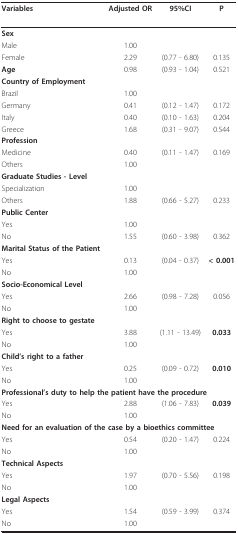
<table><thead><tr><td><b>Variables</b></td><td><b>Adjusted OR</b></td><td><b>95%CI</b></td><td><b>P</b></td></tr></thead><tbody><tr><td><b>Sex</b></td><td></td><td></td><td></td></tr><tr><td>Male</td><td>1.00</td><td></td><td></td></tr><tr><td>Female</td><td>2.29</td><td>(0.77 - 6.80)</td><td>0.135</td></tr><tr><td><b>Age</b></td><td>0.98</td><td>(0.93 - 1.04)</td><td>0.521</td></tr><tr><td><b>Country of Employment</b></td><td></td><td></td><td></td></tr><tr><td>Brazil</td><td>1.00</td><td></td><td></td></tr><tr><td>Germany</td><td>0.41</td><td>(0.12 - 1.47)</td><td>0.172</td></tr><tr><td>Italy</td><td>0.40</td><td>(0.10 - 1.63)</td><td>0.204</td></tr><tr><td>Greece</td><td>1.68</td><td>(0.31 - 9.07)</td><td>0.544</td></tr><tr><td><b>Profession</b></td><td></td><td></td><td></td></tr><tr><td>Medicine</td><td>0.40</td><td>(0.11 - 1.47)</td><td>0.169</td></tr><tr><td>Others</td><td>1.00</td><td></td><td></td></tr><tr><td><b>Graduate Studies - Level</b></td><td></td><td></td><td></td></tr><tr><td>Specialization</td><td>1.00</td><td></td><td></td></tr><tr><td>Others</td><td>1.88</td><td>(0.66 - 5.27)</td><td>0.233</td></tr><tr><td><b>Public Center</b></td><td></td><td></td><td></td></tr><tr><td>Yes</td><td>1.00</td><td></td><td></td></tr><tr><td>No</td><td>1.55</td><td>(0.60 - 3.98)</td><td>0.362</td></tr><tr><td><b>Marital Status of the Patient</b></td><td></td><td></td><td></td></tr><tr><td>Yes</td><td>0.13</td><td>(0.04 - 0.37)</td><td><b>&lt; 0.001</b></td></tr><tr><td>No</td><td>1.00</td><td></td><td></td></tr><tr><td><b>Socio-Economical Level</b></td><td></td><td></td><td></td></tr><tr><td>Yes</td><td>2.66</td><td>(0.98 - 7.28)</td><td>0.056</td></tr><tr><td>No</td><td>1.00</td><td></td><td></td></tr><tr><td><b>Right to choose to gestate</b></td><td></td><td></td><td></td></tr><tr><td>Yes</td><td>3.88</td><td>(1.11 - 13.49)</td><td><b>0.033</b></td></tr><tr><td>No</td><td>1.00</td><td></td><td></td></tr><tr><td><b>Child&#x27;s right to a father</b></td><td></td><td></td><td></td></tr><tr><td>Yes</td><td>0.25</td><td>(0.09 - 0.72)</td><td><b>0.010</b></td></tr><tr><td>No</td><td>1.00</td><td></td><td></td></tr><tr><td><b>Professional&#x27;s duty to help the patient have the procedure</b></td><td></td><td></td><td></td></tr><tr><td>Yes</td><td>2.88</td><td>(1.06 - 7.83)</td><td><b>0.039</b></td></tr><tr><td>No</td><td>1.00</td><td></td><td></td></tr><tr><td><b>Need for an evaluation of the case by a bioethics committee</b></td><td></td><td></td><td></td></tr><tr><td>Yes</td><td>0.54</td><td>(0.20 - 1.47)</td><td>0.224</td></tr><tr><td>No</td><td>1.00</td><td></td><td></td></tr><tr><td><b>Technical Aspects</b></td><td></td><td></td><td></td></tr><tr><td>Yes</td><td>1.97</td><td>(0.70 - 5.56)</td><td>0.198</td></tr><tr><td>No</td><td>1.00</td><td></td><td></td></tr><tr><td><b>Legal Aspects</b></td><td></td><td></td><td></td></tr><tr><td>Yes</td><td>1.54</td><td>(0.59 - 3.99)</td><td>0.374</td></tr><tr><td>No</td><td>1.00</td><td></td><td></td></tr></tbody></table>